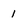
Character: 1